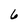
Character: 6